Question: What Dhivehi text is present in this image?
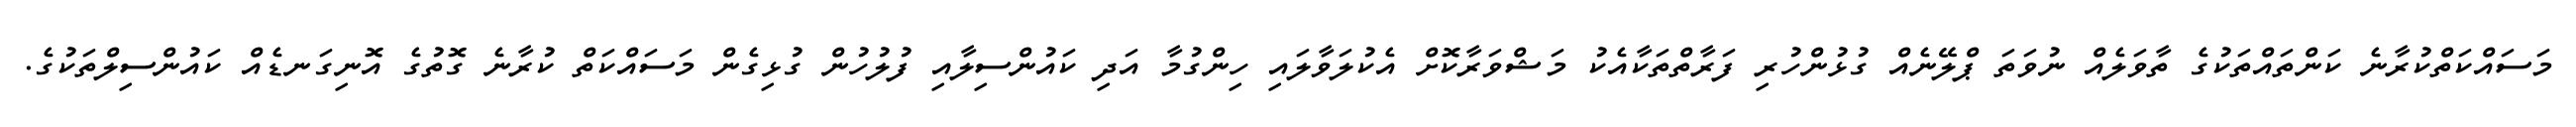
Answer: މަސައްކަތްކުރާނެ ކަންތައްތަކުގެ ތާވަލެއް ނުވަތަ ޕްލޭނެއް ގުޅުންހުރި ފަރާތްތަކާއެކު މަޝްވަރާކޮށް އެކުލަވާލައި ހިންގުމާ އަދި ކައުންސިލާއި ފުލުހުން ގުޅިގެން މަސައްކަތް ކުރާނެ ގޮތުގެ އޮނިގަނޑެއް ކައުންސިލްތަކުގެ.